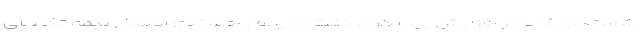
شستگان ۷ برابر افزایش پیدا کرد، گفت: امیدوار هستیم امسال بیمه تکمیلی